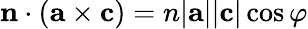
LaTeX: \mathbf{n}\cdot(\mathbf{{a}\times{c}})=n|\mathbf{a}||\mathbf{c}|\cos\varphi